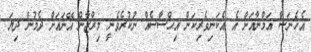
އެހެނަސް އަމްނާއަށް އެ އެކަނިވެރިކަން އިޙްސާސެއް ނުކުރެވެނީ މިރްޒާން އޭނައަށް ދެމުން ދިޔަ